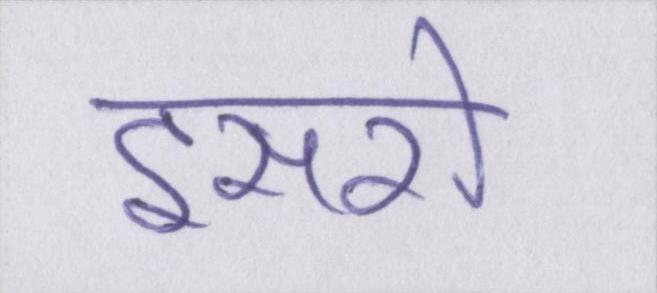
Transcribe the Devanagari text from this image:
इसरो